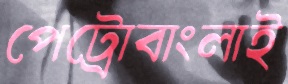
পেট্রোবাংলাই